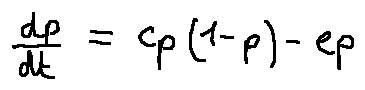
\frac { d p } { d t } = c p ( 1 - p ) - e p